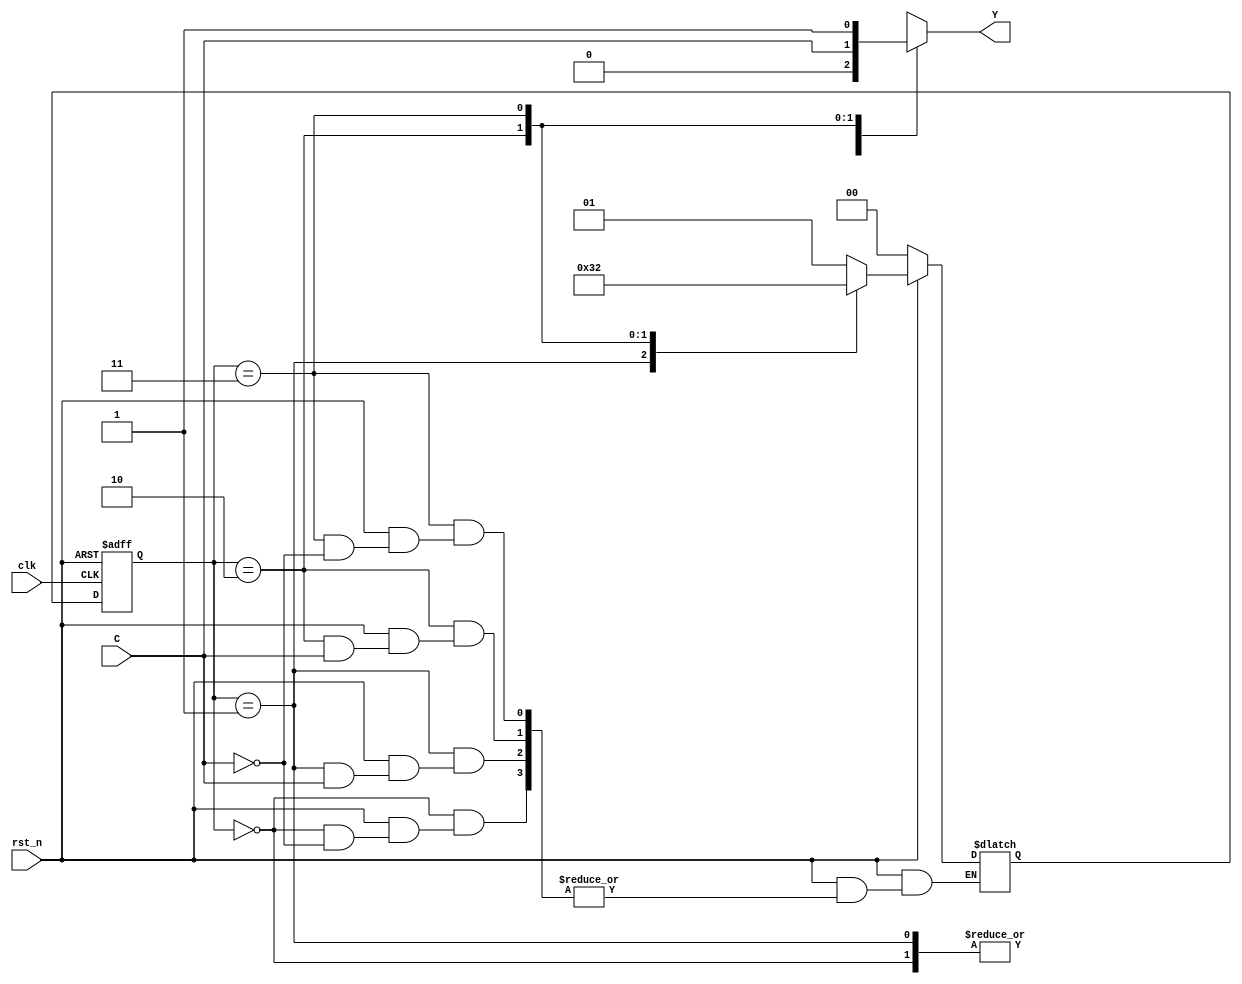
// ======================================================================
// Affiliation:			Tsinghua Univ
// Module Name:			seq_circuit
// Description:			sequence logic
// Additional Comments:	VL22 on nowcoder
// ======================================================================

`timescale 1ns/1ns

module seq_circuit (
	input	wire				rst_n,
	input	wire				clk,
	input	wire				C,
	output	wire				Y
);

reg					Y_reg;
reg		[1: 0]		Q_reg;
reg		[1: 0]		cs;		// current state
reg		[1: 0]		ns;		// next state

assign	Y  =  Y_reg;

always @(posedge clk or negedge rst_n) begin
	if (~rst_n) begin
		cs <= 2'd0;
	end
	else begin
		cs <= ns;
	end
end

always @(*) begin
	if (~rst_n) begin
		ns = 2'd0;
	end
	else begin
		case (cs)
			2'd0: begin
				if (C == 1'b1) begin
					ns = 2'd1;
				end
			end

			2'd1: begin
				if (C == 1'b0) begin
					ns = 2'd3;
				end
			end

			2'd2: begin
				if (C == 1'b0) begin
					ns = 2'd0;
				end
			end

			2'd3: begin
				if (C == 1'b1) begin
					ns = 2'd2;
				end
			end
		endcase
	end
end

always @(*) begin
	case (cs)
		2'd0: Y_reg = 1'b0;
		2'd1: Y_reg = 1'b0;
		2'd2: Y_reg = C;
		2'd3: Y_reg = 1'b1;
	endcase
end

endmodule